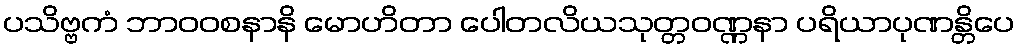
ပသိဗ္ဗကံ ဘာဝဝစနာနိ မောဟိတာ ပေါတလိယသုတ္တဝဏ္ဏနာ ပရိယာပုဏန္တိပေ